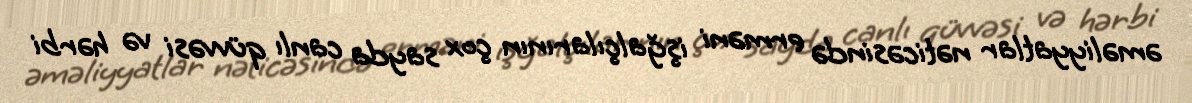
əməliyyatlar nəticəsində erməni işğalçılarının çox sayda canlı qüvvəsi və hərbi